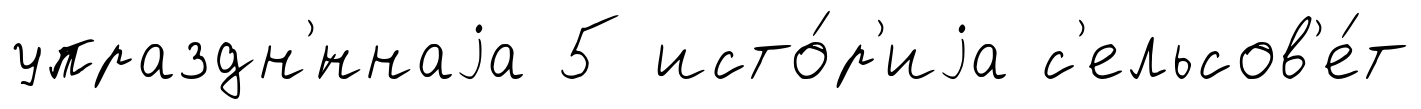
упраздн'́ннаjа 5 исто́р'иjа с'ельсов'е́т